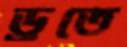
ড্রতে